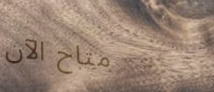
متاح الآن